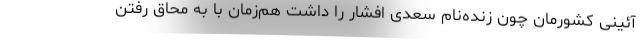
آئینی کشورمان چون زنده‌نام سعدی افشار را داشت هم‌زمان با به محاق رفتن